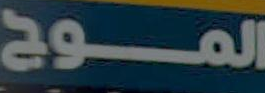
المــــوج